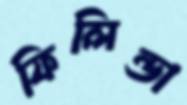
ফিলিন্ডা